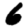
Digit: 6